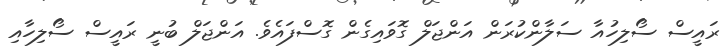
ރައީސް ސޯލިހުއާ ސަލާންކުރަން އަންޖަލް ގޮވައިގެން ގޮސްފައެވެ. އަންޖަލް ބުނީ ރައީސް ސޯލިހާއި